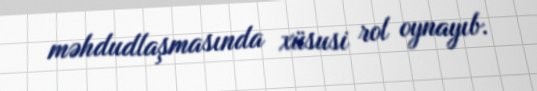
məhdudlaşmasında xüsusi rol oynayıb.